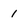
Character: I